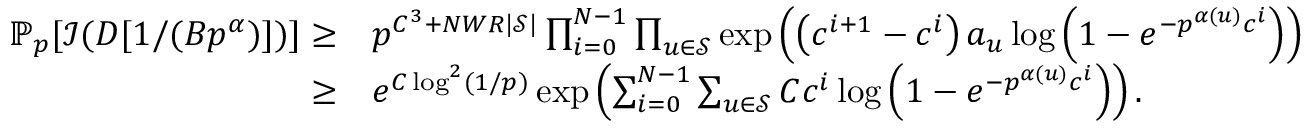
\begin{array} { r l } { { \ensuremath { \mathbb P } } _ { p } [ \ensuremath { \mathcal I } ( D [ 1 / ( B p ^ { \alpha } ) ] ) ] \ge } & { p ^ { C ^ { 3 } + N W R | \ensuremath { \mathcal S } | } \prod _ { i = 0 } ^ { N - 1 } \prod _ { u \in \ensuremath { \mathcal S } } \exp \left( \left( c ^ { i + 1 } - c ^ { i } \right) a _ { u } \log \left( 1 - e ^ { - p ^ { \alpha ( u ) } c ^ { i } } \right) \right) } \\ { \ge } & { e ^ { C \log ^ { 2 } ( 1 / p ) } \exp \left( \sum _ { i = 0 } ^ { N - 1 } \sum _ { u \in \ensuremath { \mathcal S } } C c ^ { i } \log \left( 1 - e ^ { - p ^ { \alpha ( u ) } c ^ { i } } \right) \right) . } \end{array}